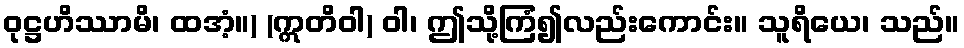
ဝုဋ္ဌဟိဿာမိ၊ ထအံ့။) (ဣတိဝါ) ဝါ၊ ဤသို့ကြံ၍လည်းကောင်း။ သူရိယေ၊ သည်။